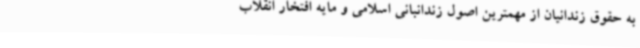
به حقوق زندانیان از مهمترین اصول زندانبانی اسلامی و مایه افتخار انقلاب